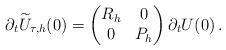
LaTeX: \begin{align*}\partial_t \widetilde U_{\tau,h} (0) = \begin{pmatrix} R_h & 0 \\ 0 & P_h \end{pmatrix}\partial_t U(0) \,.\end{align*}